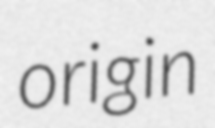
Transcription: origin